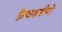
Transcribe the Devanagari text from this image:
फ्रेंचाइजीयों